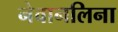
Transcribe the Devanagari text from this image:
नेवानलिना